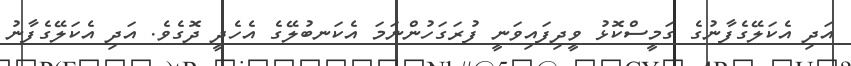
އަދި އެކަލޭގެފާނުގެ ގަމީސްކޮޅު ވީދިފައިވަނީ ފުރަގަހުންނަމަ އެކަނބުލޭގެ އެހެދީ ދޮގެވެ. އަދި އެކަލޭގެފާނު